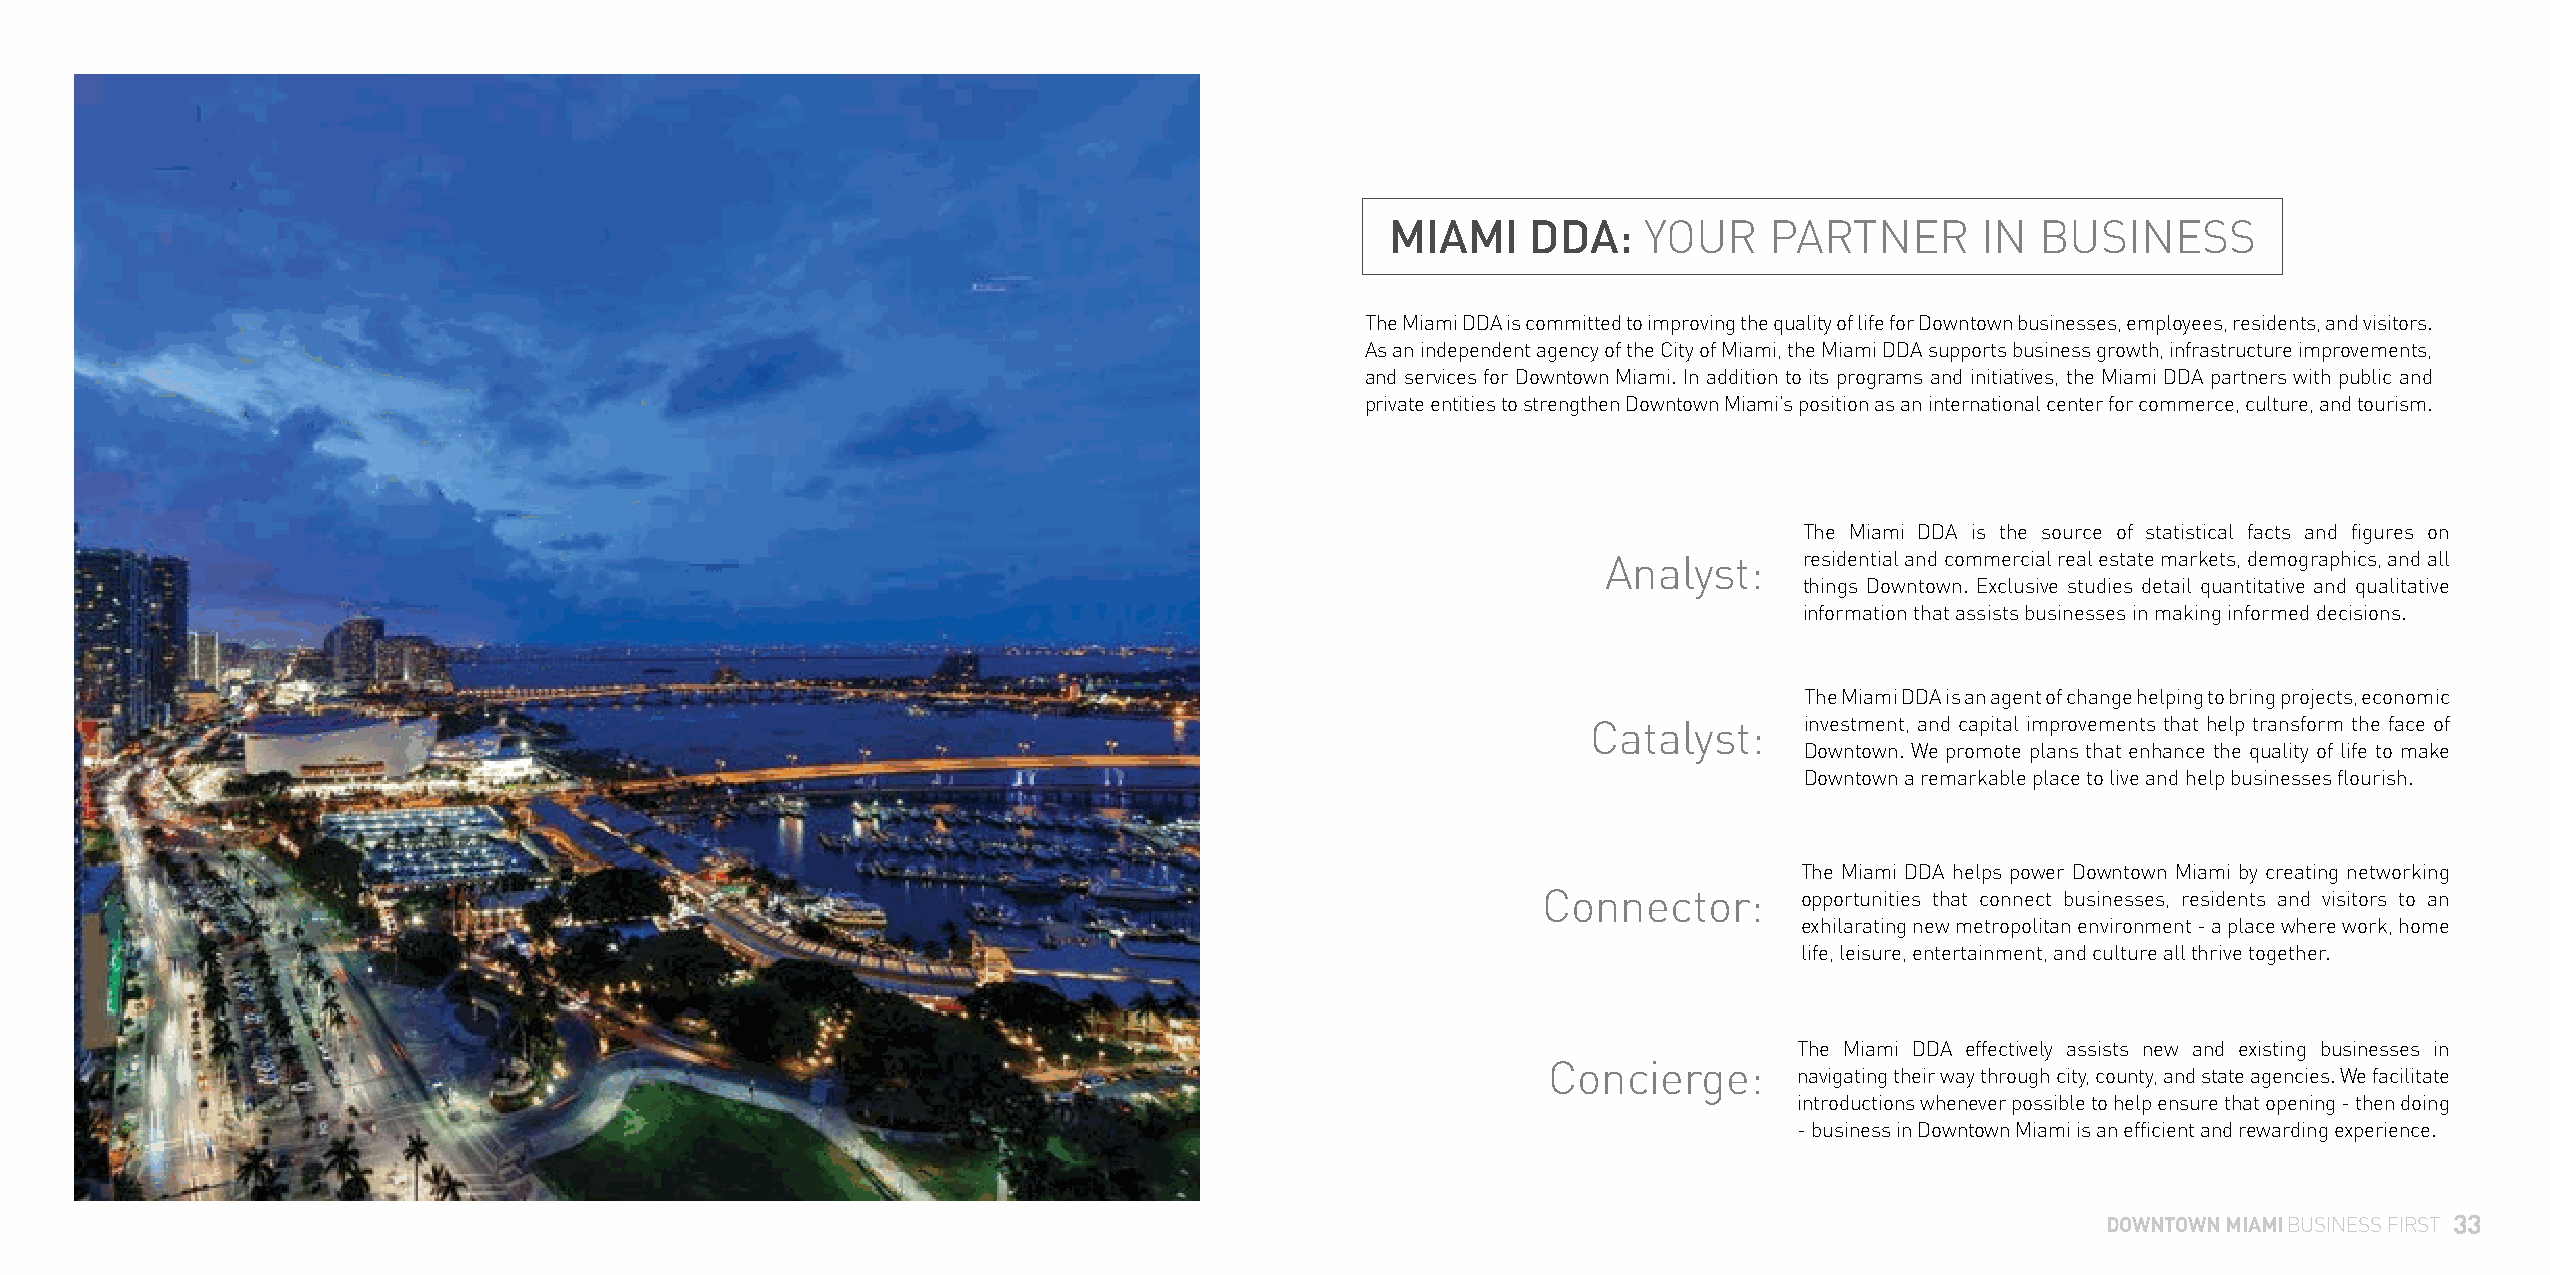
MIAMI    DDA:    YOUR    PARTNER       IN  BUSINESS
 The Miami DDA is committed to improving the quality of life for Downtown businesses, employees, residents, and visitors.
 As an independent agency of the City of Miami, the Miami DDA supports business growth, infrastructure improvements,
 and services for Downtown Miami. In addition to its programs and initiatives, the Miami DDA partners with public and
 private entities to strengthen Downtown Miami’s position as an international center for commerce, culture, and tourism.
 The Miami DDA is the source of statistical facts and figures on
 Analyst:     residential and commercial real estate markets, demographics, and all
 things Downtown. Exclusive studies detail quantitative and qualitative
 information that assists businesses in making informed decisions.
 The Miami DDA is an agent of change helping to bring projects, economic
 Catalyst:     investment, and capital improvements that help transform the face of
 Downtown. We promote plans that enhance the quality of life to make
 Downtown a remarkable place to live and help businesses flourish.
 The Miami DDA helps power Downtown Miami by creating networking
 Connector:       opportunities that connect businesses, residents and visitors to an
 exhilarating new metropolitan environment - a place where work, home
 life, leisure, entertainment, and culture all thrive together.
 The Miami DDA effectively assists new and existing businesses in
 Concierge:
 navigating their way through city, county, and state agencies. We facilitate
 introductions whenever possible to help ensure that opening - then doing
 - business in Downtown Miami is an efficient and rewarding experience.
 DOWNTOWN MIAMI BUSINESS FIRST 33